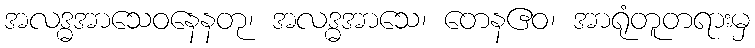
အလဒ္ဓအာသေဝနေနတု၊ အလဒ္ဓအာသေ၊ တေနဧဝ၊ အာရုံတူတရားမှ